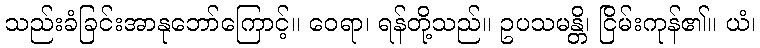
သည်းခံခြင်းအာနုဘော်ကြောင့်။ ဝေရာ၊ ရန်တို့သည်။ ဥပသမန္တိ၊ ငြိမ်းကုန်၏။ ယံ၊